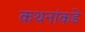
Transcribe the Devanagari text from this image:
कथनांकडे